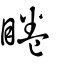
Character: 睠